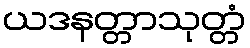
ယဒနတ္တာသုတ္တံ